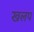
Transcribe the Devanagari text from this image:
खलप